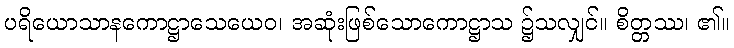
ပရိယောသာနကောဋ္ဌာသေယေဝ၊ အဆုံးဖြစ်သောကောဋ္ဌာသ ၌သလျှင်။ စိတ္တဿ၊ ၏။